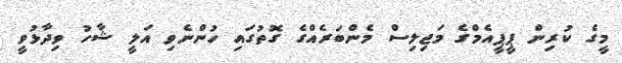
މީގެ ކުރިން ޕީޕީއެމްގެ މަޖިލިސް މެންބަރެއްގެ ގޮތުގައި ހުންނެވި އަލީ ޝާހު ވިދާޅުވީ